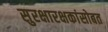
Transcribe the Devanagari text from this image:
सुरक्षारक्षकांसोबत